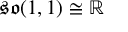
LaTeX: { \mathfrak { s o } } ( 1 , 1 ) \cong \mathbb { R }